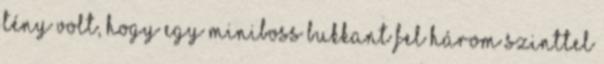
tény volt, hogy egy miniboss bukkant fel három szinttel